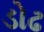
ડોઢ